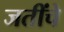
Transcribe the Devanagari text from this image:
जतींचे